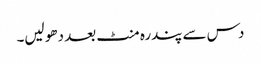
دس سے پندرہ منٹ بعد دھو لیں۔